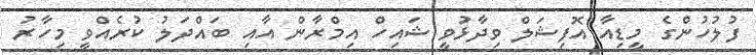
ފުލުހުންގެ މީޑިއާ އޮފިޝަލް ވިދާޅުވީ ޝައިހް އިމްރާން އާއި ބައްދަލު ކުރެއްވީ މިހާރު